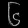
Digit: ၆